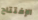
الإفتتاح